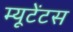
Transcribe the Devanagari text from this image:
म्यूटेंटस